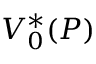
V _ { 0 } ^ { * } ( P )